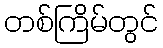
တစ်ကြိမ်တွင်